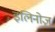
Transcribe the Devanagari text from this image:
इलिनोज़